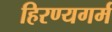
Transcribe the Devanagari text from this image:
हिरण्यगर्म